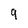
Character: 9